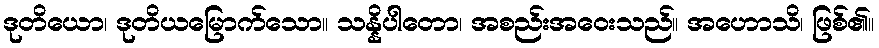
ဒုတိယော၊ ဒုတိယမြောက်သော။ သန္နိပါတော၊ အစည်းအဝေးသည်။ အဟောသိ၊ ဖြစ်၏။